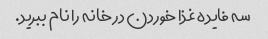
سه فایده غذا خوردن در خانه را نام ببرید.